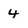
Character: 4